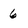
Character: 6